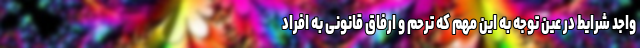
واجد شرایط در عین توجه به این مهم که ترحم و ارفاق قانونی به افراد